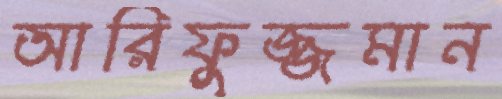
আরিফুজ্জমান